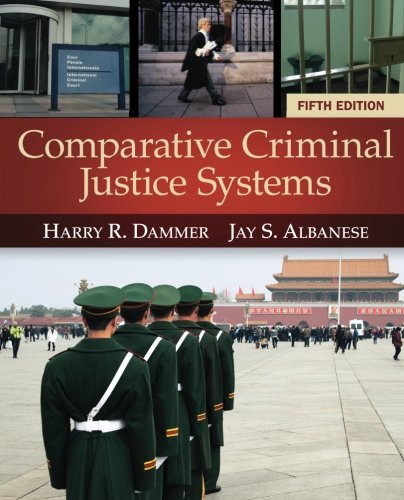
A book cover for Comparative Criminal Justice Systems; Harry R. Dammer; Law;